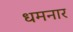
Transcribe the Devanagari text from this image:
धमनार